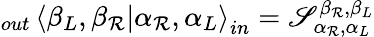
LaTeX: _{out}\left\langle\beta_{L},\beta_{\mathcal{R}}\right.\left|\alpha_{\mathcal{R}},\alpha_{L}\right\rangle_{in}=\mathscr{S}_{\alpha_{\mathcal{R}},\alpha_{L}}^{\beta_{\mathcal{R}},\beta_{L}}